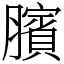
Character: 臏